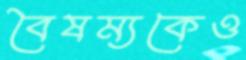
বৈষম্যকেও